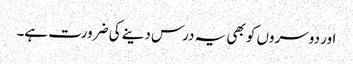
اور دوسروں کو بھی یہ درس دینے کی ضرورت ہے۔